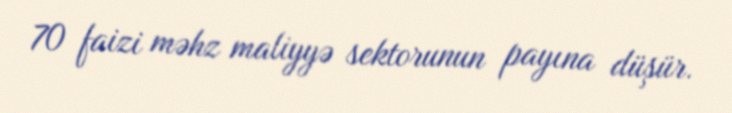
70 faizi məhz maliyyə sektorunun payına düşür.